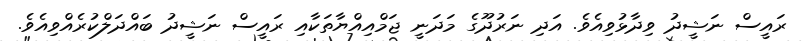
ރައީސް ނަޝީދު ވިދާޅުވިއެވެ. އަދި ނަރުދޫގެ މަދަނީ ޖަމްއިއްޔާތަކާއި ރައީސް ނަޝީދު ބައްދަލްކުރެއްވިއެވެ.